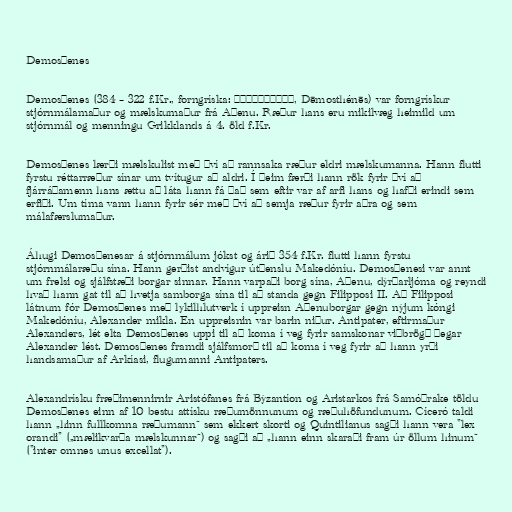
Demosþenes

Demosþenes (384 – 322 f.Kr., forngríska: Δημοσθένης, Dēmosthénēs) var forngrískur
stjórnmálamaður og mælskumaður frá Aþenu. Ræður hans eru mikilvæg heimild um
stjórnmál og menningu Grikklands á 4. öld f.Kr.

Demosþenes lærði mælskulist með því að rannsaka ræður eldri mælskumanna. Hann flutti
fyrstu réttarræður sínar um tvítugur að aldri. Í þeim færði hann rök fyrir því að
fjárráðamenn hans ættu að láta hann fá það sem eftir var af arfi hans og hafði erindi sem
erfiði. Um tíma vann hann fyrir sér með því að semja ræður fyrir aðra og sem
málafærslumaður.

Áhugi Demosþenesar á stjórnmálum jókst og árið 354 f.Kr. flutti hann fyrstu
stjórnmálaræðu sína. Hann gerðist andvígur útþenslu Makedóníu. Demosþenesi var annt
um frelsi og sjálfstæði borgar sinnar. Hann varpaði borg sína, Aþenu, dýrðarljóma og reyndi
hvað hann gat til að hvetja samborga sína til að standa gegn Filipposi II. Að Filipposi
látnum fór Demosþenes með lykilhlutverk í uppreisn Aþenuborgar gegn nýjum kóngi
Makedóníu, Alexander mikla. En uppreisnin var barin niður. Antipater, eftirmaður
Alexanders, lét elta Demosþenes uppi til að koma í veg fyrir samskonar viðbrögð þegar
Alexander lést. Demosþenes framdi sjálfsmorð til að koma í veg fyrir að hann yrði
handsamaður af Arkíasi, flugumanni Antipaters.

Alexandrísku fræðimennirnir Aristófanes frá Býzantíon og Aristarkos frá Samóþrake töldu
Demosþenes einn af 10 bestu attísku ræðumönnunum og ræðuhöfundunum. Cíceró taldi
hann „hinn fullkomna ræðumann“ sem ekkert skorti og Quintilianus sagði hann vera "lex
orandi" („mælikvarða mælskunnar“) og sagði að „hann einn skaraði fram úr öllum hinum“
("inter omnes unus excellat").